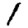
Digit: 1